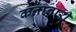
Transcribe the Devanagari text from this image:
कतानारी